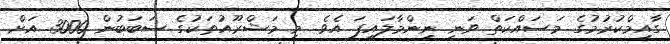
ގާއިމްކުރުމުގެ މަސައްކަތް ވަނީ ނިންމާލައިފަ އެވެ. މި މަޝްރޫއުތަކުގެ ސަބަބުން 3000 އަށް